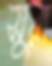
সুরা